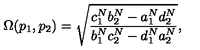
\Omega ( p _ { 1 } , p _ { 2 } ) = \sqrt { \frac { c _ { 1 } ^ { N } b _ { 2 } ^ { N } - a _ { 1 } ^ { N } d _ { 2 } ^ { N } } { b _ { 1 } ^ { N } c _ { 2 } ^ { N } - d _ { 1 } ^ { N } a _ { 2 } ^ { N } } } ,